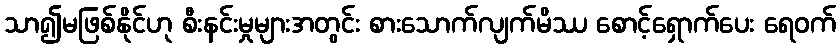
သာ၍မဖြစ်နိုင်ဟု စီးနင်းမှုများအတွင်း စားသောက်လျက်မိဿ စောင့်ရှောက်ပေး ရေဝက်